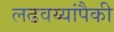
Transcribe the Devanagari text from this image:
लढवय्यांपैकी